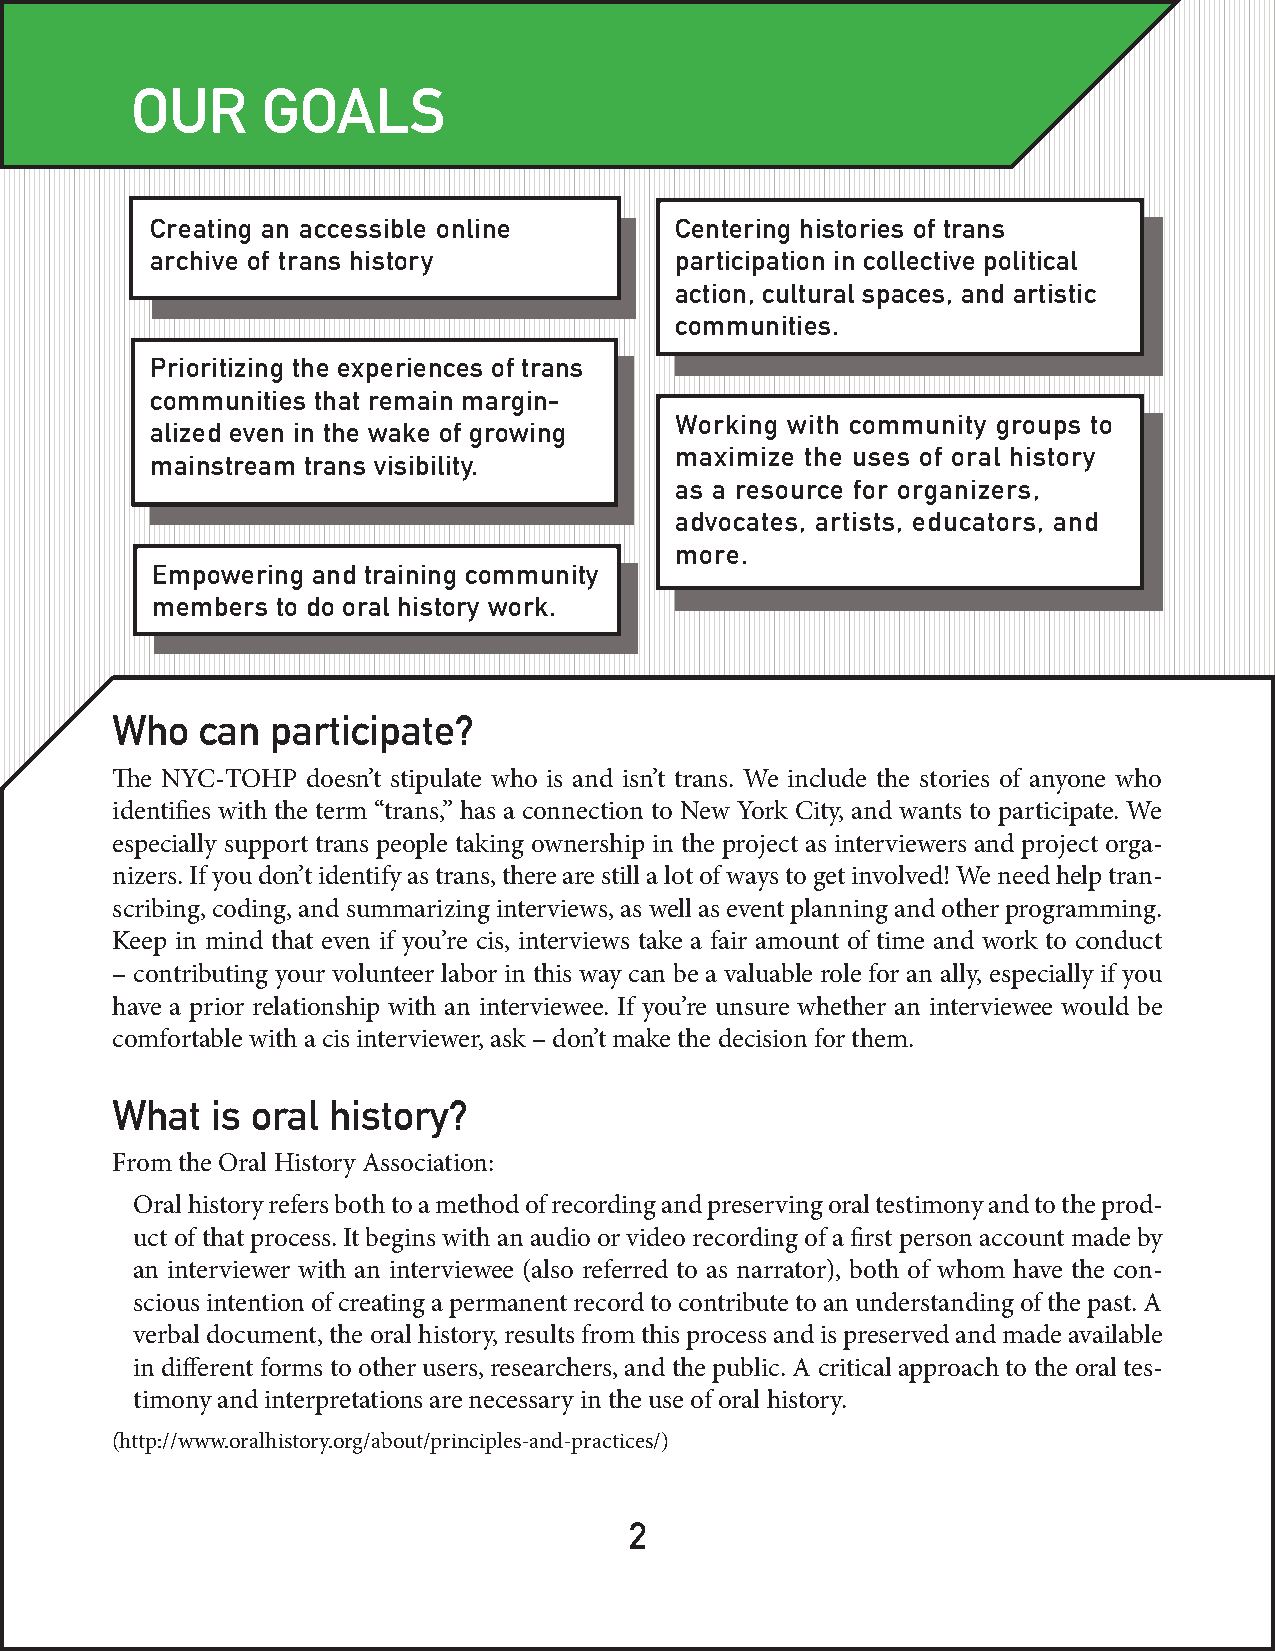
OUR     GOALS
 Creating an accessible online      Centering histories of trans
 archive of trans history           participation in collective political
 action, cultural spaces, and artistic
 communities.
 Prioritizing the experiences of trans
 communities that remain margin-
 Working with community groups to
 alized even in the wake of growing
 maximize the uses of oral history
 mainstream trans visibility.
 as a resource for organizers,
 advocates, artists, educators, and
 more.
 Empowering and training community
 members to do oral history work.
 Who   can  participate?
 The NYC-TOHP doesn’t stipulate who is and isn’t trans. We include the stories of anyone who
 identifies with the term “trans,” has a connection to New York City, and wants to participate. We
 especially support trans people taking ownership in the project as interviewers and project orga-
 nizers. If you don’t identify as trans, there are still a lot of ways to get involved! We need help tran-
 scribing, coding, and summarizing interviews, as well as event planning and other programming.
 Keep in mind that even if you’re cis, interviews take a fair amount of time and work to conduct
 – contributing your volunteer labor in this way can be a valuable role for an ally, especially if you
 have a prior relationship with an interviewee. If you’re unsure whether an interviewee would be
 comfortable with a cis interviewer, ask – don’t make the decision for them.
 What   is oral history?
 From the Oral History Association:
 Oral history refers both to a method of recording and preserving oral testimony and to the prod-
 uct of that process. It begins with an audio or video recording of a first person account made by
 an interviewer with an interviewee (also referred to as narrator), both of whom have the con-
 scious intention of creating a permanent record to contribute to an understanding of the past. A
 verbal document, the oral history, results from this process and is preserved and made available
 in different forms to other users, researchers, and the public. A critical approach to the oral tes-
 timony and interpretations are necessary in the use of oral history.
 (http://www.oralhistory.org/about/principles-and-practices/)
 2